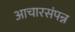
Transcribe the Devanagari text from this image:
आचारसंपन्न